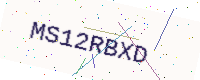
Text: MS12RBXD